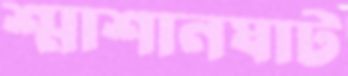
শ্মাশানঘাট